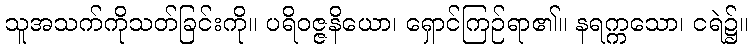
သူအသက်ကိုသတ်ခြင်းကို။ ပရိဝဇ္ဇနိယော၊ ရှောင်ကြဉ်ရာ၏။ နရက္ကသော၊ ငရဲ၌။